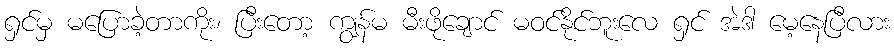
ရှင်မှ မပြောခဲ့တာကိုး၊ ပြီးတော့ ကျွန်မ မီးဖိုချောင် မဝင်နိုင်ဘူးလေ ရှင် အဲဒါ မေ့နေပြီလား